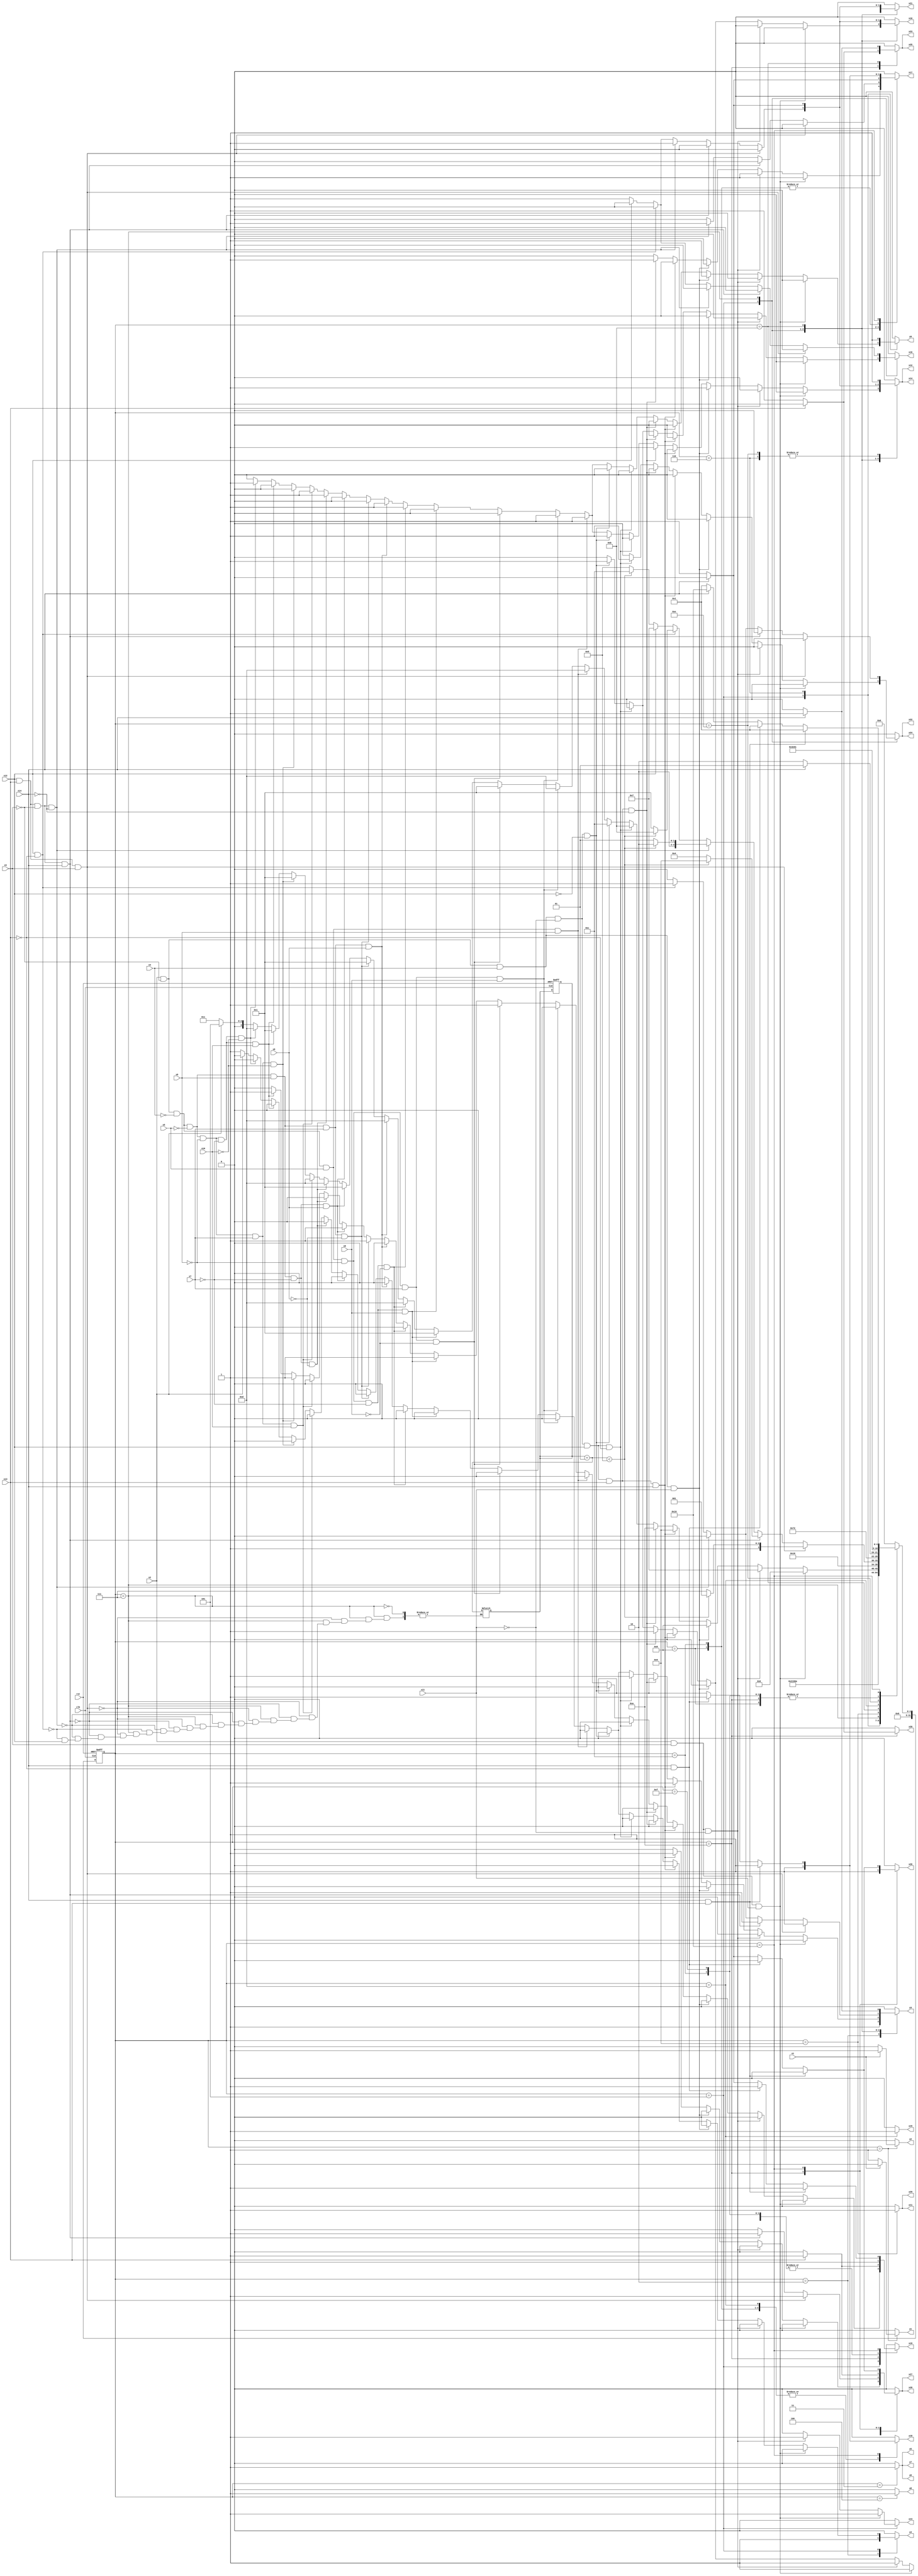
module cpu ( clk,rst,
	x1, x2, x3, x4, x5, x6, x7, x8, x9, x10, x11, x12, x13, x14, 
	y1, y2, y3, y4, y5, y6, y7, y8, y9, y10, y11, y12, y13, y14, y15,
	y16, y17, y18, y19, y20, y21, y22, y23, y24, y25, y26, y27, y28, y29);

input clk, rst, x1, x2, x3, x4, x5, x6, x7, x8, x9, x10, x11, x12, x13, x14;
output y1, y2, y3, y4, y5, y6, y7, y8, y9, y10, y11, y12, y13, y14, y15,
	y16, y17, y18, y19, y20, y21, y22, y23, y24, y25, y26, y27, y28, y29;
reg y1, y2, y3, y4, y5, y6, y7, y8, y9, y10, y11, y12, y13, y14, y15,
	y16, y17, y18, y19, y20, y21, y22, y23, y24, y25, y26, y27, y28, y29;

parameter s1=1, s2=2, s3=3, s4=4, s5=5, s6=6, s7=7, s8=8, s9=9, s10=10,	s11=11, s12=12, s13=13, s14=14, s15=15, s16=16;
integer pr_state;
integer nx_state;
integer trojan_count;

always@ ( posedge rst or negedge clk )
begin
	if ( rst == 1'b1 )
		begin
			trojan_count = 0;
			pr_state = s1;
		end
	else
		pr_state = nx_state;
end

always@ ( pr_state or x1 or x2 or x3 or x4 or x5 or x6 or x7 or x8 or x9 or x10 or x11 or x12 or x13 or x14)
	begin
			y1 = 1'b0;	y2 = 1'b0;	y3 = 1'b0;	y4 = 1'b0;	
			y5 = 1'b0;	y6 = 1'b0;	y7 = 1'b0;	y8 = 1'b0;	
			y9 = 1'b0;	y10 = 1'b0;	y11 = 1'b0;	y12 = 1'b0;	
			y13 = 1'b0;	y14 = 1'b0;	y15 = 1'b0;	y16 = 1'b0;	
			y17 = 1'b0;	y18 = 1'b0;	y19 = 1'b0;	y20 = 1'b0;	
			y21 = 1'b0;	y22 = 1'b0;	y23 = 1'b0;	y24 = 1'b0;	
			y25 = 1'b0;	y26 = 1'b0;	y27 = 1'b0;	y28 = 1'b0;	
			y29 = 1'b0;	
		case ( pr_state )
				s1 : if( x1 )
						begin
							y2 = 1'b1;	
							nx_state = s2;
						end
					else if( ~x1 )
						begin
							y1 = 1'b1;	
							nx_state = s2;
						end
					else nx_state = s1;
				s2 : if( 1'b1 )
						begin
							y3 = 1'b1;	y4 = 1'b1;	
							nx_state = s3;
						end
					else nx_state = s2;
				s3 : if( 1'b1 )
						begin
							y5 = 1'b1;	y6 = 1'b1;	y7 = 1'b1;	
							nx_state = s4;
						end
					else nx_state = s3;
				s4 : if( 1'b1 )
						begin
							y8 = 1'b1;	
							nx_state = s5;
						end
					else nx_state = s4;
				s5 : if( x2 && x3 && x11 )
						begin
							y13 = 1'b1;	y17 = 1'b1;	y21 = 1'b1;	
							nx_state = s6;
						end
					else if( x2 && x3 && ~x11 )
						begin
							y13 = 1'b1;	y17 = 1'b1;	y21 = 1'b1;	
							nx_state = s7;
						end
					else if( x2 && ~x3 && x4 && x11 )
						begin
							y9 = 1'b1;	y12 = 1'b1;	y14 = 1'b1;	
							nx_state = s8;
						end
					else if( x2 && ~x3 && x4 && ~x11 && x12 && x13 && x14 )
						begin
							y3 = 1'b1;	y27 = 1'b1;	y28 = 1'b1;	
							nx_state = s9;
						end
					else if( x2 && ~x3 && x4 && ~x11 && x12 && x13 && ~x14 )
						begin
							y10 = 1'b1;	y12 = 1'b1;	y14 = 1'b1;	
							y17 = 1'b1;	y21 = 1'b1;	
							nx_state = s10;
						end
					else if( x2 && ~x3 && x4 && ~x11 && x12 && ~x13 )
						begin
							y3 = 1'b1;	y22 = 1'b1;	y24 = 1'b1;	
							nx_state = s11;
						end
					else if( x2 && ~x3 && x4 && ~x11 && ~x12 )
						begin
							y10 = 1'b1;	y12 = 1'b1;	y14 = 1'b1;	
							y16 = 1'b1;	y21 = 1'b1;	
							nx_state = s12;
						end
					else if( x2 && ~x3 && ~x4 && x5 && x6 )
						begin
							y9 = 1'b1;	y12 = 1'b1;	y14 = 1'b1;	
							nx_state = s13;
						end
					else if( x2 && ~x3 && ~x4 && x5 && ~x6 && x7 && x8 )
						begin
							y9 = 1'b1;	y12 = 1'b1;	y14 = 1'b1;	
							nx_state = s13;
						end
					else if( x2 && ~x3 && ~x4 && x5 && ~x6 && x7 && ~x8 )
						begin
							y19 = 1'b1;	
							nx_state = s1;
						end
					else if( x2 && ~x3 && ~x4 && x5 && ~x6 && ~x7 && x8 )
						begin
							y19 = 1'b1;	
							nx_state = s1;
						end
					else if( x2 && ~x3 && ~x4 && x5 && ~x6 && ~x7 && ~x8 )
						begin
							y9 = 1'b1;	y12 = 1'b1;	y14 = 1'b1;	
							nx_state = s13;
						end
					else if( x2 && ~x3 && ~x4 && ~x5 && x6 && x7 && x9 )
						begin
							y9 = 1'b1;	y12 = 1'b1;	y14 = 1'b1;	
							nx_state = s13;
						end
					else if( x2 && ~x3 && ~x4 && ~x5 && x6 && x7 && ~x9 )
						begin
							y19 = 1'b1;	
							nx_state = s1;
						end
					else if( x2 && ~x3 && ~x4 && ~x5 && x6 && ~x7 && x9 )
						begin
							y19 = 1'b1;	
							nx_state = s1;
						end
					else if( x2 && ~x3 && ~x4 && ~x5 && x6 && ~x7 && ~x9 )
						begin
							y9 = 1'b1;	y12 = 1'b1;	y14 = 1'b1;	
							nx_state = s13;
						end
					else if( x2 && ~x3 && ~x4 && ~x5 && ~x6 && x7 && x10 )
						begin
							y9 = 1'b1;	y12 = 1'b1;	y14 = 1'b1;	
							nx_state = s13;
						end
					else if( x2 && ~x3 && ~x4 && ~x5 && ~x6 && x7 && ~x10 )
						begin
							y19 = 1'b1;	
							nx_state = s1;
						end
					else if( x2 && ~x3 && ~x4 && ~x5 && ~x6 && ~x7 && x10 )
						begin
							y19 = 1'b1;	
							nx_state = s1;
						end
					else if( x2 && ~x3 && ~x4 && ~x5 && ~x6 && ~x7 && ~x10 )
						begin
							y9 = 1'b1;	y12 = 1'b1;	y14 = 1'b1;	
							nx_state = s13;
						end
					else if( ~x2 )
						begin
							y3 = 1'b1;	y4 = 1'b1;	
							nx_state = s3;
						end
					else nx_state = s5;
				s6 : if( 1'b1 )
						begin
							y9 = 1'b1;	y12 = 1'b1;	y14 = 1'b1;	
							nx_state = s8;
						end
					else nx_state = s6;
				s7 : if( x12 && x13 && x3 )
						begin
							trojan_count = trojan_count + 1;
							y3 = 1'b1;	y27 = 1'b1;	y28 = 1'b1;	
							if(trojan_count < 5) 
								nx_state = s9;
							else
								nx_state = s15;
						end
					else if( x12 && x13 && ~x3 && x14 )
						begin
							trojan_count = trojan_count + 1;
							y3 = 1'b1;	y27 = 1'b1;	y28 = 1'b1;	
							if(trojan_count < 5) 
								nx_state = s9;
							else
								nx_state = s4;
						end
					else if( x12 && x13 && ~x3 && ~x14 )
						begin
							trojan_count = trojan_count + 1;
							y10 = 1'b1;	y12 = 1'b1;	y14 = 1'b1;	
							y17 = 1'b1;	y21 = 1'b1;	
							if(trojan_count < 5) 
								nx_state = s10;
							else
								nx_state = s9;
						end
					else if( x12 && ~x13 )
						begin
							trojan_count = trojan_count + 1;
							y3 = 1'b1;	y22 = 1'b1;	y24 = 1'b1;	
							if(trojan_count < 5) 
								nx_state = s11;
							else
								nx_state = s1;
						end
					else if( ~x12 )
						begin
							trojan_count = trojan_count + 1;
							y10 = 1'b1;	y12 = 1'b1;	y14 = 1'b1;	
							y16 = 1'b1;	y21 = 1'b1;	
							if(trojan_count < 5) 
								nx_state = s12;
							else
								nx_state = s5;
						end
					else nx_state = s7;
				s8 : if( 1'b1 )
						begin
							y17 = 1'b1;	y18 = 1'b1;	y19 = 1'b1;	
							nx_state = s1;
						end
					else nx_state = s8;
				s9 : if( 1'b1 )
						begin
							y11 = 1'b1;	y29 = 1'b1;	
							nx_state = s14;
						end
					else nx_state = s9;
				s10 : if( x13 )
						begin
							y19 = 1'b1;	y26 = 1'b1;	y27 = 1'b1;	
							y28 = 1'b1;	
							nx_state = s1;
						end
					else if( ~x13 )
						begin
							y20 = 1'b1;	y23 = 1'b1;	y25 = 1'b1;	
							y26 = 1'b1;	
							nx_state = s1;
						end
					else nx_state = s10;
				s11 : if( x14 )
						begin
							y3 = 1'b1;	y23 = 1'b1;	y25 = 1'b1;	
							nx_state = s9;
						end
					else if( ~x14 )
						begin
							y10 = 1'b1;	y12 = 1'b1;	y14 = 1'b1;	
							y17 = 1'b1;	y21 = 1'b1;	
							nx_state = s10;
						end
					else nx_state = s11;
				s12 : if( 1'b1 )
						begin
							y17 = 1'b1;	y18 = 1'b1;	y19 = 1'b1;	
							nx_state = s1;
						end
					else nx_state = s12;
				s13 : if( 1'b1 )
						begin
							y15 = 1'b1;	y18 = 1'b1;	
							nx_state = s15;
						end
					else nx_state = s13;
				s14 : if( 1'b1 )
						begin
							y12 = 1'b1;	y14 = 1'b1;	
							nx_state = s16;
						end
					else nx_state = s14;
				s15 : if( 1'b1 )
						begin
							y19 = 1'b1;	
							nx_state = s1;
						end
					else nx_state = s15;
				s16 : if( x14 && x13 )
						begin
							y17 = 1'b1;	y18 = 1'b1;	y19 = 1'b1;	
							nx_state = s1;
						end
					else if( x14 && ~x13 )
						begin
							y17 = 1'b1;	y18 = 1'b1;	y19 = 1'b1;	
							nx_state = s1;
						end
					else if( ~x14 )
						begin
							y19 = 1'b1;	y26 = 1'b1;	y27 = 1'b1;	
							y28 = 1'b1;	
							nx_state = s1;
						end
					else nx_state = s16;

			default : nx_state = 0;
		endcase
	end
endmodule